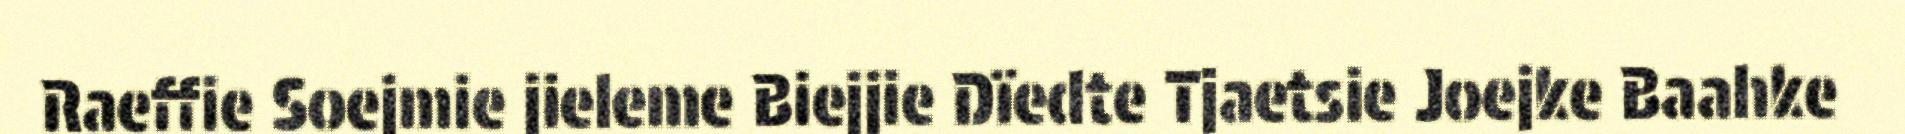
Raeffie Soejmie jieleme Biejjie Dïedte Tjaetsie Joejke Baahke